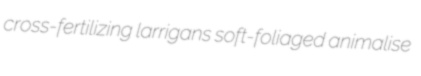
cross-fertilizing larrigans soft-foliaged animalise